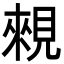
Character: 䚅